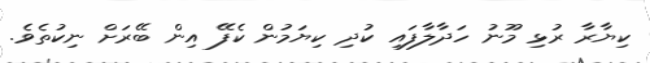
ކިޔާރާ ރުޅި މޫނު ހަދާލާފައި ކުދި ކިޔަމުން ކެފޭ އިން ބޭރަށް ނިކުތެވެ.